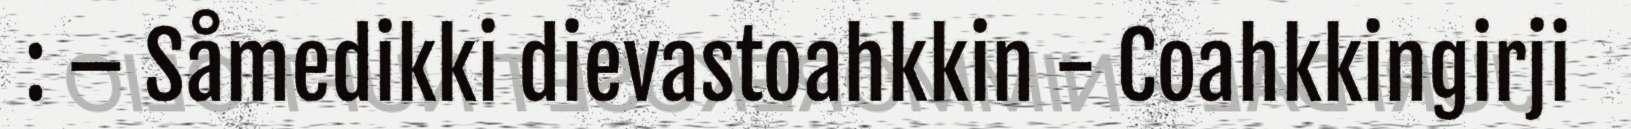
: – Såmedikki dievastoahkkin - Coahkkingirji